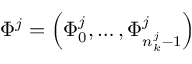
\Phi ^ { j } = \left( \Phi _ { 0 } ^ { j } , \dots , \Phi _ { n _ { k } ^ { j } - 1 } ^ { j } \right)